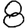
Digit: 8